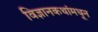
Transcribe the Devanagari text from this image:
विज्ञानकथांमधून